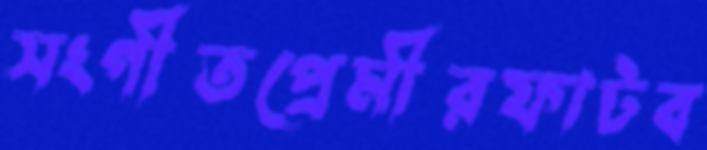
সংগীতপ্রেমীরফাটব